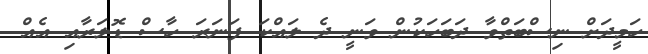
ހަމީދަށް ނިސްބަތްވާ ދަބަހަކުން ވަނީ ދެ ލައްކަ ފަނަރަ ހާސް ޑޮލަރާއި އެއް